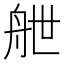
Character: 𮎉